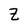
Character: Z